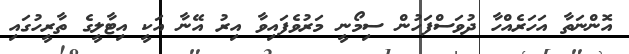
އޮންނަތާ އަހަރެއްހާ ދުވަސްފަހުން ސިމޯނީ މަރުވެފައިވާ އިރު އޭނާ އަކީ އިޓާލީގެ ތާރީހުގައި